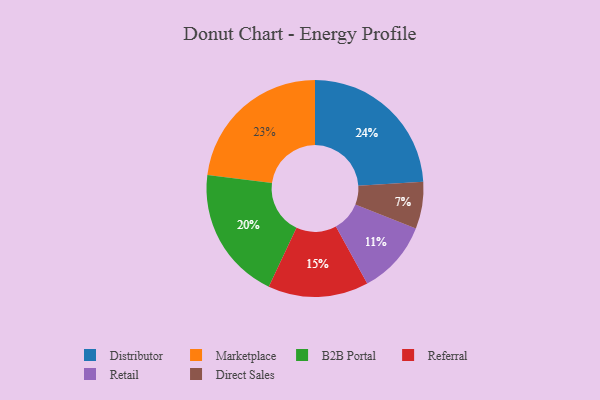
{"axis": {"x": "Category", "y": "Percentage"}, "legend": ["B2B Portal", "Direct Sales", "Distributor", "Marketplace", "Referral", "Retail"], "data": [{"x": "Retail", "y": 11, "type": "Retail"}, {"x": "Marketplace", "y": 23, "type": "Marketplace"}, {"x": "Distributor", "y": 24, "type": "Distributor"}, {"x": "B2B Portal", "y": 20, "type": "B2B Portal"}, {"x": "Direct Sales", "y": 7, "type": "Direct Sales"}, {"x": "Referral", "y": 15, "type": "Referral"}]}